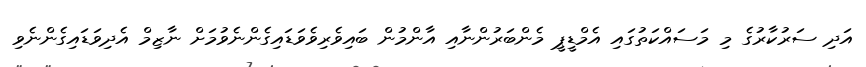
އަދި ސަރުކާރުގެ މި މަސައްކަތުގައި އެމްޑީޕީ މެންބަރުންނާއި އާންމުން ބައިވެރިވެވަޑައިގެންނެވުމަށް ނާޒިމް އެދިވަޑައިގެންނެވި